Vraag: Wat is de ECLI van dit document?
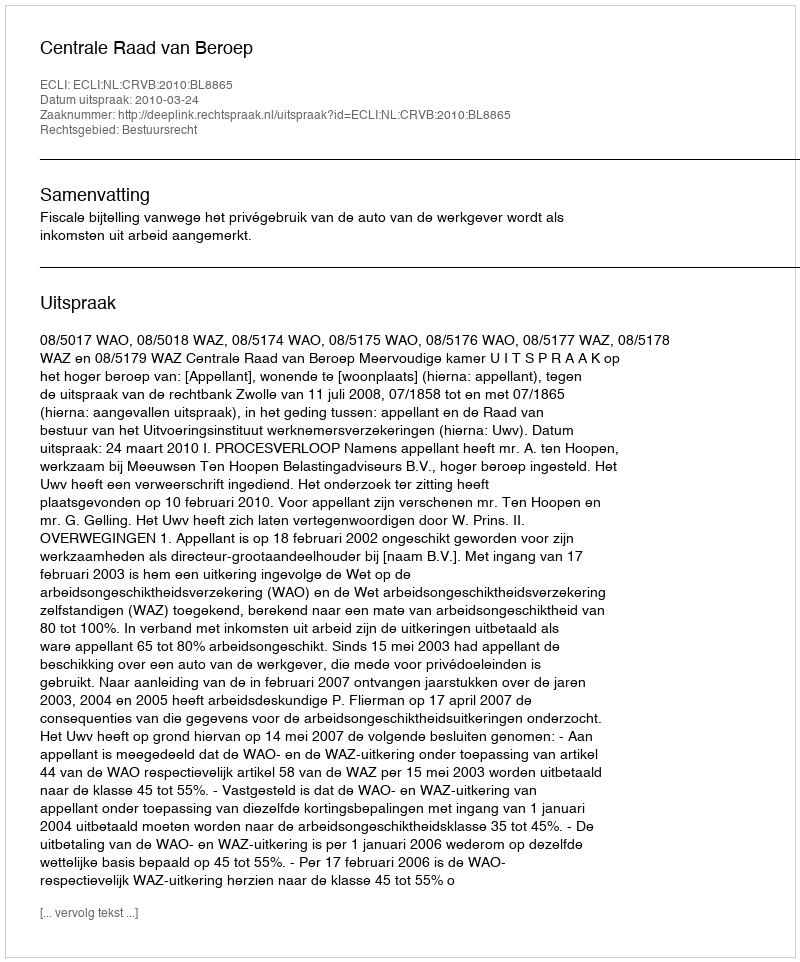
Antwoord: ECLI:NL:CRVB:2010:BL8865